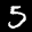
Label: 5